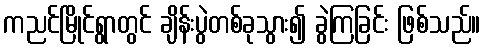
ကညင်မြိုင်ရွာတွင် ချိန်းပွဲတစ်ခုသွား၍ ခွဲကြခြင်း ဖြစ်သည်။